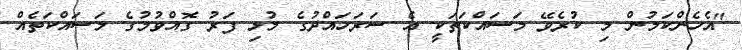
"އެހެންކަމުން މި ކުރެވޭ މަސައްކަތަކީ އެ ސަރަހައްދުގެ މުޅި ފަރު ގޮއްވުމުގެ މަސައްކަތެއް